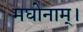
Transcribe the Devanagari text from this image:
मघोनाम्।